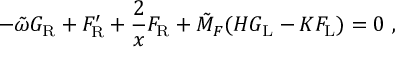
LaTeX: - \tilde { \omega } G _ { \mathrm { R } } + F _ { \mathrm { R } } ^ { \prime } + \frac { 2 } { x } F _ { \mathrm { R } } + \tilde { M } _ { F } ( H G _ { \mathrm { L } } - K F _ { \mathrm { L } } ) = 0 \ ,